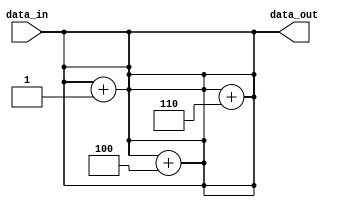
module generate_function #(
  parameter DATA_WIDTH = 8,
  parameter NUM_INSTANCES = 4
) (
  input [DATA_WIDTH-1:0] data_in,
  output reg [DATA_WIDTH-1:0] data_out
);

// Generate Function block for creating multiple instances with slight variations
genvar i;
generate
  for (i = 0; i < NUM_INSTANCES; i = i + 1) begin
    always @* begin
      if (i == 0) begin
        data_out = data_in;
      end else if (i == 1) begin
        data_out = data_in + i;
      end else begin
        data_out = data_in + i*2;
      end
    end
  end
endgenerate

endmodule